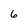
Character: 6